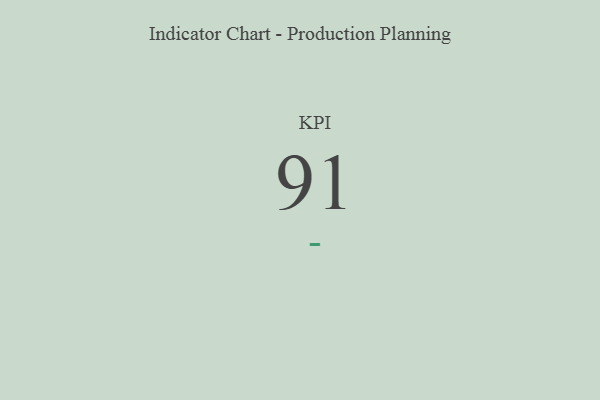
{"axis": {"x": "KPI", "y": "Value"}, "legend": [""], "data": [{"x": "KPI", "y": 91, "type": ""}]}